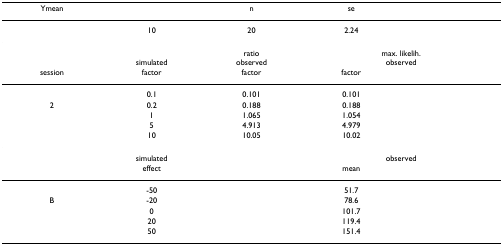
<table><thead><tr><td><b>Ymean</b></td><td>[EMPTY_CELL]</td><td><b>n</b></td><td><b>se</b></td><td>[EMPTY_CELL]</td></tr></thead><tbody><tr><td>[EMPTY_CELL]</td><td>10</td><td>20</td><td>2.24</td><td>[EMPTY_CELL]</td></tr><tr><td>[EMPTY_CELL]</td><td>simulated</td><td>ratioobserved</td><td colspan="2">max. likelih.observed</td></tr><tr><td>session</td><td>factor</td><td>factor</td><td>factor</td><td>[EMPTY_CELL]</td></tr><tr><td>[EMPTY_CELL]</td><td>0.1</td><td>0.101</td><td>0.101</td><td>[EMPTY_CELL]</td></tr><tr><td>2</td><td>0.2</td><td>0.188</td><td>0.188</td><td>[EMPTY_CELL]</td></tr><tr><td>[EMPTY_CELL]</td><td>1</td><td>1.065</td><td>1.054</td><td>[EMPTY_CELL]</td></tr><tr><td>[EMPTY_CELL]</td><td>5</td><td>4.913</td><td>4.979</td><td>[EMPTY_CELL]</td></tr><tr><td>[EMPTY_CELL]</td><td>10</td><td>10.05</td><td>10.02</td><td>[EMPTY_CELL]</td></tr><tr><td>[EMPTY_CELL]</td><td>simulated</td><td>[EMPTY_CELL]</td><td colspan="2">observed</td></tr><tr><td>[EMPTY_CELL]</td><td>effect</td><td>[EMPTY_CELL]</td><td>mean</td><td>[EMPTY_CELL]</td></tr><tr><td>[EMPTY_CELL]</td><td>-50</td><td>[EMPTY_CELL]</td><td>51.7</td><td>[EMPTY_CELL]</td></tr><tr><td>B</td><td>-20</td><td>[EMPTY_CELL]</td><td>78.6</td><td>[EMPTY_CELL]</td></tr><tr><td>[EMPTY_CELL]</td><td>0</td><td>[EMPTY_CELL]</td><td>101.7</td><td>[EMPTY_CELL]</td></tr><tr><td>[EMPTY_CELL]</td><td>20</td><td>[EMPTY_CELL]</td><td>119.4</td><td>[EMPTY_CELL]</td></tr><tr><td>[EMPTY_CELL]</td><td>50</td><td>[EMPTY_CELL]</td><td>151.4</td><td>[EMPTY_CELL]</td></tr></tbody></table>